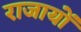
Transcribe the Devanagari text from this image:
राजायों